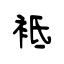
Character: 袛